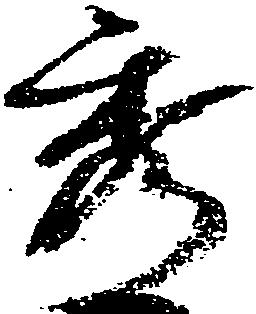
秀